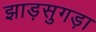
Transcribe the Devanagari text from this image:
झाड़सुगड़ा